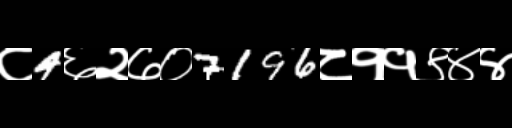
Text: ८4६२७०7196८११९४४